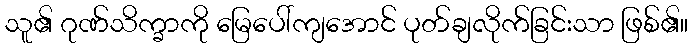
သူ၏ ဂုဏ်သိက္ခာကို မြေပေါ်ကျအောင် ပုတ်ချလိုက်ခြင်းသာ ဖြစ်၏။